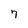
Character: 7